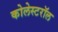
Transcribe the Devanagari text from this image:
कोलेस्टरॉल